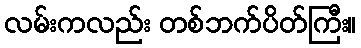
လမ်းကလည်း တစ်ဘက်ပိတ်ကြီး။